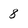
Character: 8